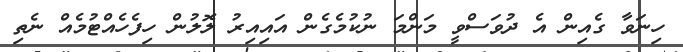
ހިނަވާ ގެއިން އެ ދުވަސްވީ މަންމަ ނުކުމެގެން އައިއިރު ލޮލުން ހިފެހެއްޓުމެއް ނެތި